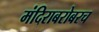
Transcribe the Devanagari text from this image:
मंदिराबरोबरच